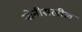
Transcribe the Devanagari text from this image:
योनीसलील